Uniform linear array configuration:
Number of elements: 32
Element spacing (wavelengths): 0.75
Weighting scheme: kaiser
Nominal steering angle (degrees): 60
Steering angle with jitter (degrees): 60.991
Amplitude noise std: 0.05
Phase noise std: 0.05

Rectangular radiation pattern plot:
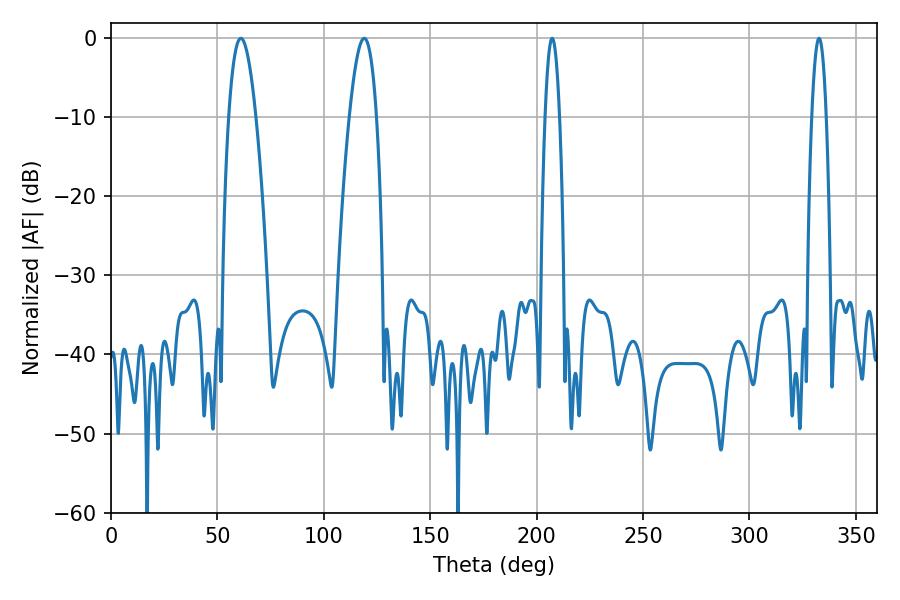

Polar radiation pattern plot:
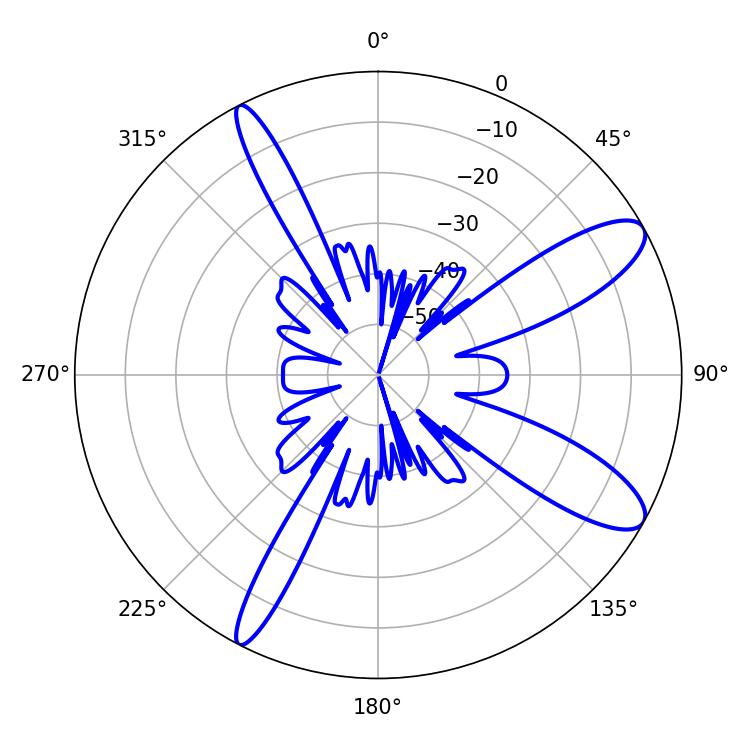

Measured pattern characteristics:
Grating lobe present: TRUE
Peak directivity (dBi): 10.8
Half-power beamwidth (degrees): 7.02
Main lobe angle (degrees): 61.02